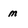
Character: m